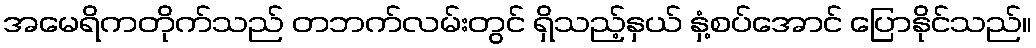
အမေရိကတိုက်သည် တဘက်လမ်းတွင် ရှိသည့်နှယ် နှံ့စပ်အောင် ပြောနိုင်သည်။